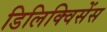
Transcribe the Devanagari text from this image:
डिलिक्विसेंस